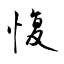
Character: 愎